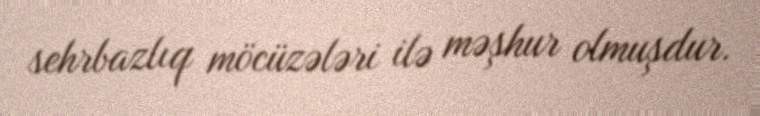
sehrbazlıq möcüzələri ilə məşhur olmuşdur.